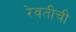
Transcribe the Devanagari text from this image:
रेवतीची